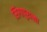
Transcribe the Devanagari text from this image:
सिंगापुराला